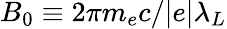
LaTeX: B_{0}\equiv 2\pi m_{e}c/|e|\lambda_{L}